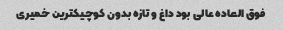
فوق العاده عالی بود داغ و تازه بدون کوچیکترین خمیری